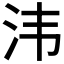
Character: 𣲗